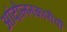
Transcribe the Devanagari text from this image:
आंदोलनकारीयाँ